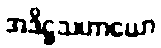
အဒိဋ္ဌသဟာယော